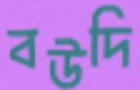
বউদি